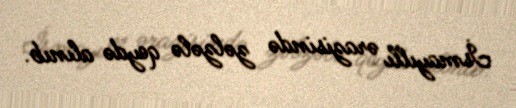
İsmayıllı ərazisində zəlzələ qeydə alınıb.